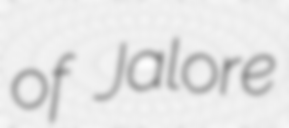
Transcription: of Jalore